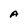
Character: A